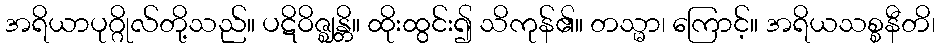
အရိယာပုဂ္ဂိုလ်တို့သည်။ ပဋိဝိဇ္ဈန္တိ။ ထိုးထွင်း၍ သိကုန်၏။ တသ္မာ၊ ကြောင့်။ အရိယသစ္စနီတိ၊